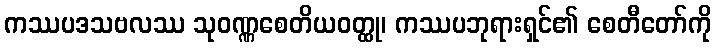
ကဿပဒသဗလဿ သုဝဏ္ဏစေတိယဝတ္ထု၊ ကဿပဘုရားရှင်၏ စေတီတော်ကို